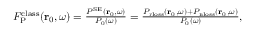
\begin{array} { r } { F _ { \mathrm { P } } ^ { \mathrm { c l a s s } } ( \mathbf { r } _ { 0 } , \omega ) = \frac { P ^ { \mathrm { S E } } ( { \bf r } _ { 0 } , \omega ) } { P _ { 0 } ( \omega ) } = \frac { P _ { \mathrm { r l o s s } } ( \mathbf { r } _ { 0 } , \omega ) + P _ { \mathrm { n l o s s } } ( \mathbf { r } _ { 0 } , \omega ) } { P _ { 0 } ( { \omega } ) } , } \end{array}